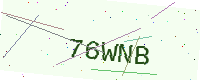
Text: 76WNB